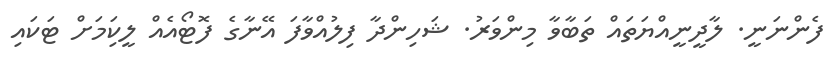
ފެންނަނީ. ލާދީނީއްޔަތައް ތަބާވާ މިންވަރު. ޝަހިންދާ ފިލުއްވާފަ އޭނާގެ ފޮޓޯއެއް ލީކިަމަށް ޓަކައި